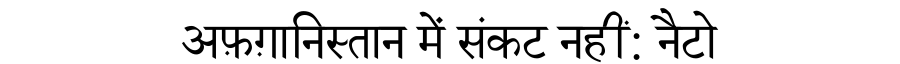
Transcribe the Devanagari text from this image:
अफ़ग़ानिस्तान में संकट नहीं: नैटो